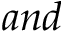
a n d